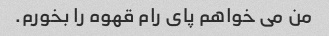
من می خواهم پای رام قهوه را بخورم.